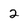
Character: 2